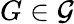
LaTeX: G\in{\mathcal{G}}